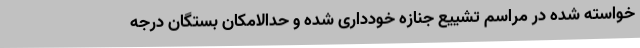
خواسته شده در مراسم تشییع جنازه خودداری شده و حدالامکان بستگان درجه